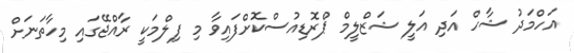
އަހްމަދު ޝާހް އަދި އަލީ ޝަޒްލީމް ޕްރޮޑިއުސްކޮށްފައިވާ މި ފިލްމަކީ ރާއްޖޭގައި މިހާތަނަށް